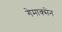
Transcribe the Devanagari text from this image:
गेमाक्सेन